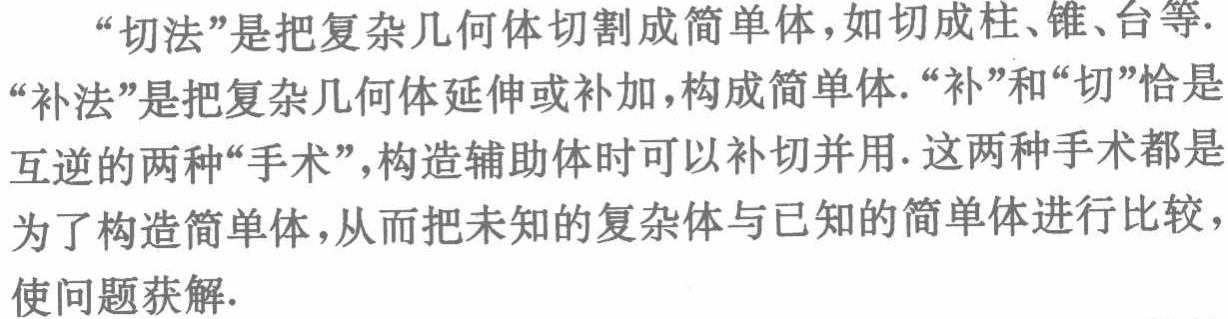
“切法”是把复杂几何体切割成简单体，如切成柱、锥、台等. “补法”是把复杂几何体延伸或补加，构成简单体. “补”和“切”恰是互逆的两种“手术”，构造辅助体时可以补切并用. 这两种手术都是为了构造简单体，从而把未知的复杂体与已知的简单体进行比较，使问题获解.